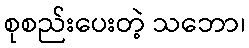
စုစည်းပေးတဲ့ သဘော၊